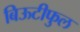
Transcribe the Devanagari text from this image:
बिऊटीफुल